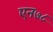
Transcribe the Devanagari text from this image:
एन७८